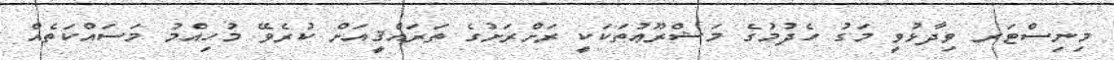
މިނިސްޓަރ ވިދާޅުވީ މަގު ހެދުމުގެ މަޝްރޫޢުތަކަކީ ރަށްރަށުގެ ތަރައްޤީއަށް ކުރެވޭ މުހިއްމު މަސައްކަތެއް